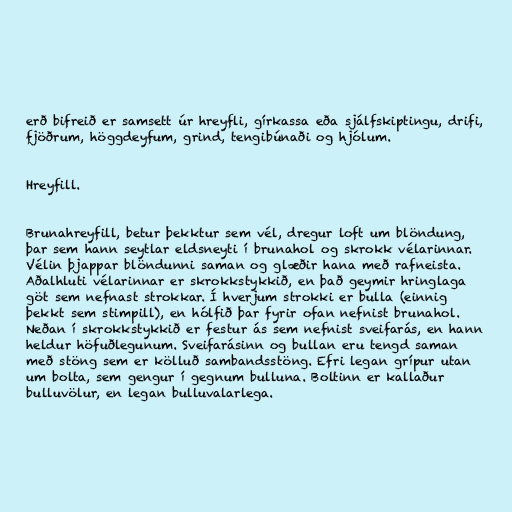
erð bifreið er samsett úr hreyfli, gírkassa eða sjálfskiptingu, drifi,
fjöðrum, höggdeyfum, grind, tengibúnaði og hjólum.

Hreyfill.

Brunahreyfill, betur þekktur sem vél, dregur loft um blöndung,
þar sem hann seytlar eldsneyti í brunahol og skrokk vélarinnar.
Vélin þjappar blöndunni saman og glæðir hana með rafneista.
Aðalhluti vélarinnar er skrokkstykkið, en það geymir hringlaga
göt sem nefnast strokkar. Í hverjum strokki er bulla (einnig
þekkt sem stimpill), en hólfið þar fyrir ofan nefnist brunahol.
Neðan í skrokkstykkið er festur ás sem nefnist sveifarás, en hann
heldur höfuðlegunum. Sveifarásinn og bullan eru tengd saman
með stöng sem er kölluð sambandsstöng. Efri legan grípur utan
um bolta, sem gengur í gegnum bulluna. Boltinn er kallaður
bulluvölur, en legan bulluvalarlega.